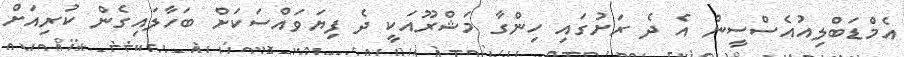
އެމްޑަބްލިއުއެސްސީން އެ ދެ ރަށުގައި ހިންގާ މަޝްރޫއަކީ ދެ ފިޔަވައްސަކަށް ބަހާލައިގެން ކުރިއަށް